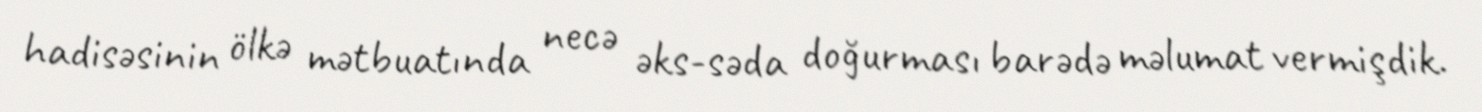
hadisəsinin ölkə mətbuatında necə əks-səda doğurması barədə məlumat vermişdik.